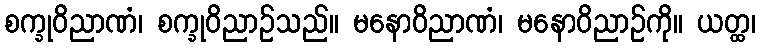
စက္ခုဝိညာဏံ၊ စက္ခုဝိညာဉ်သည်။ မနောဝိညာဏံ၊ မနောဝိညာဉ်ကို။ ယတ္ထ၊